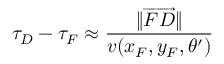
\tau _ { D } - \tau _ { F } \approx \frac { \| \overrightarrow { F D } \| } { v ( x _ { F } , y _ { F } , \theta ^ { \prime } ) }